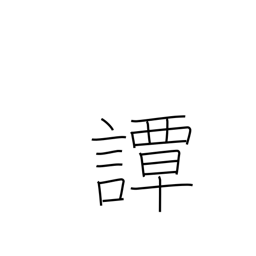
Meaning: talk